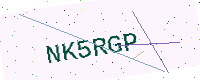
Text: NK5RGP